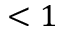
< 1